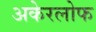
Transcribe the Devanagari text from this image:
अकेरलोफ